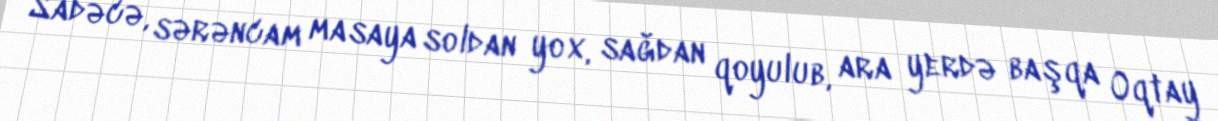
Sadəcə, sərəncam masaya soldan yox, sağdan qoyulub, ara yerdə başqa Oqtay